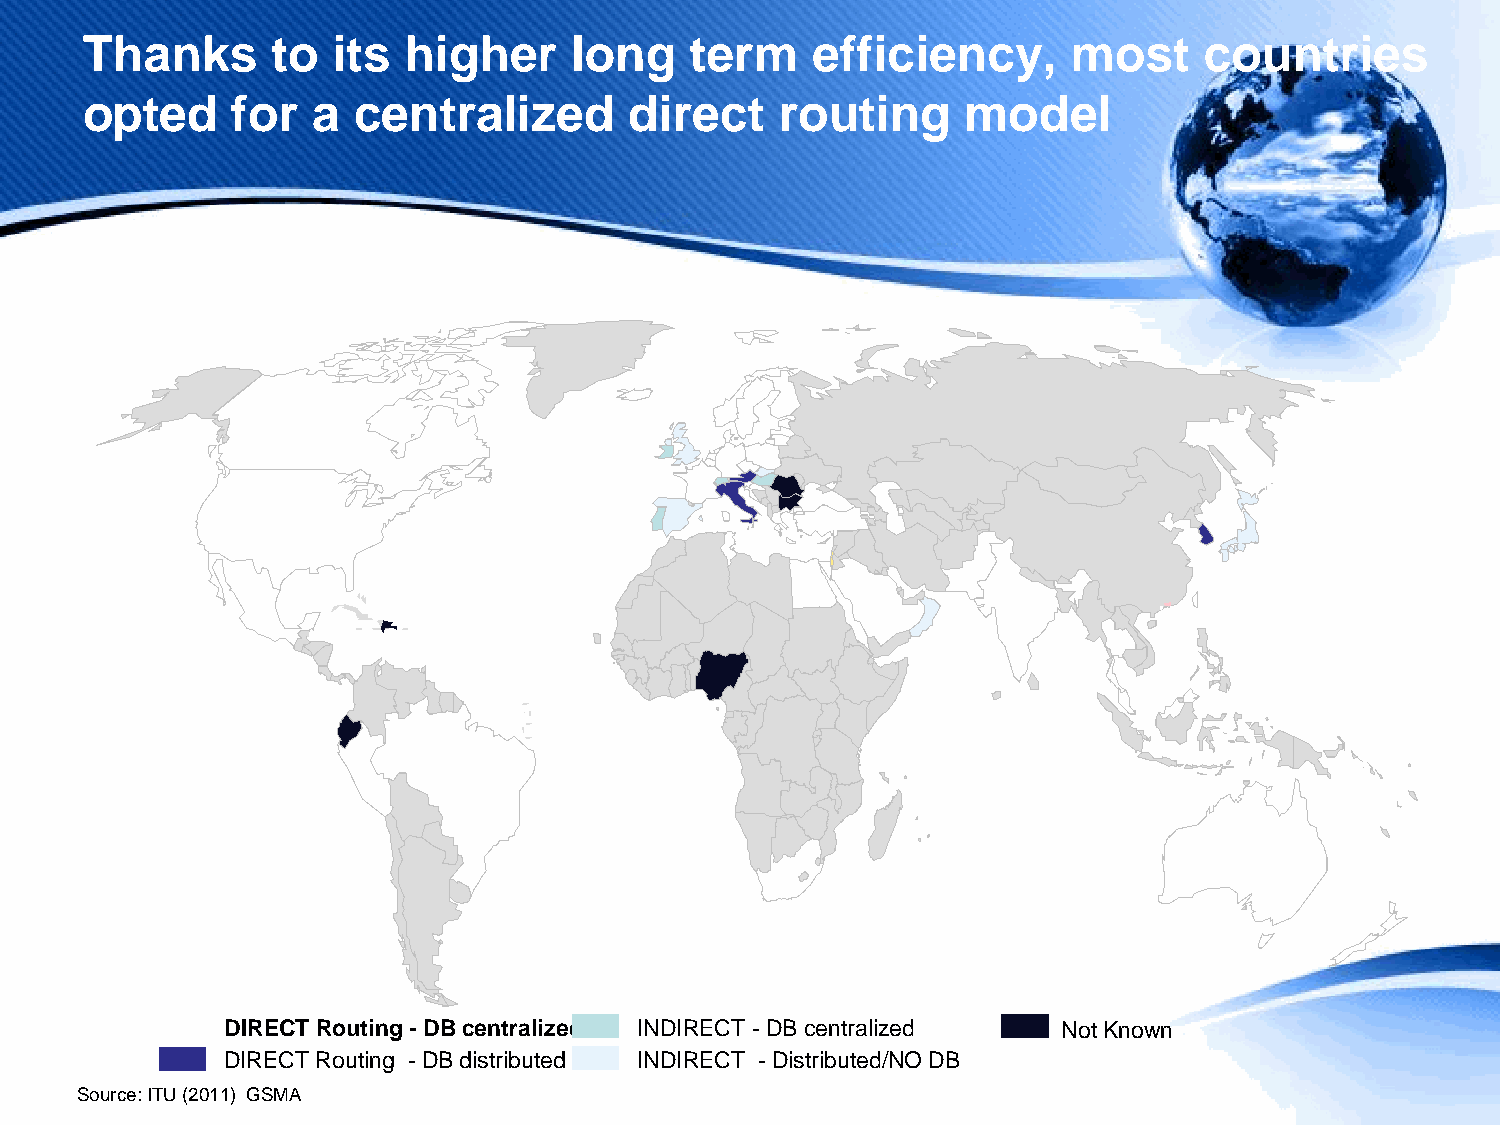
Thanks       to  its  higher     long    term    efficiency,      most     countries
 opted     for   a centralized        direct    routing     model
 DIRECT Routing -DB centralized INDIRECT - DB centralized Not Known
 DIRECT Routing -DB distributed INDIRECT -Distributed/NO DB
 Source: ITU (2011) GSMA